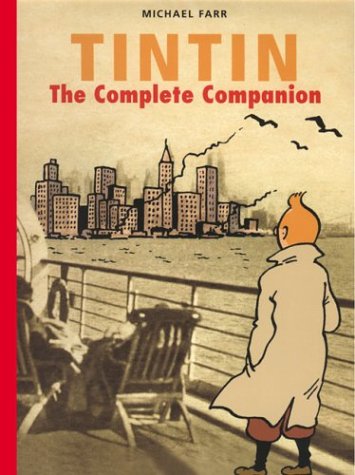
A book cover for TINTIN: COMPLETE COMPANION; First Last; Comics & Graphic Novels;